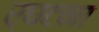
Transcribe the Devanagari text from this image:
र्घटना